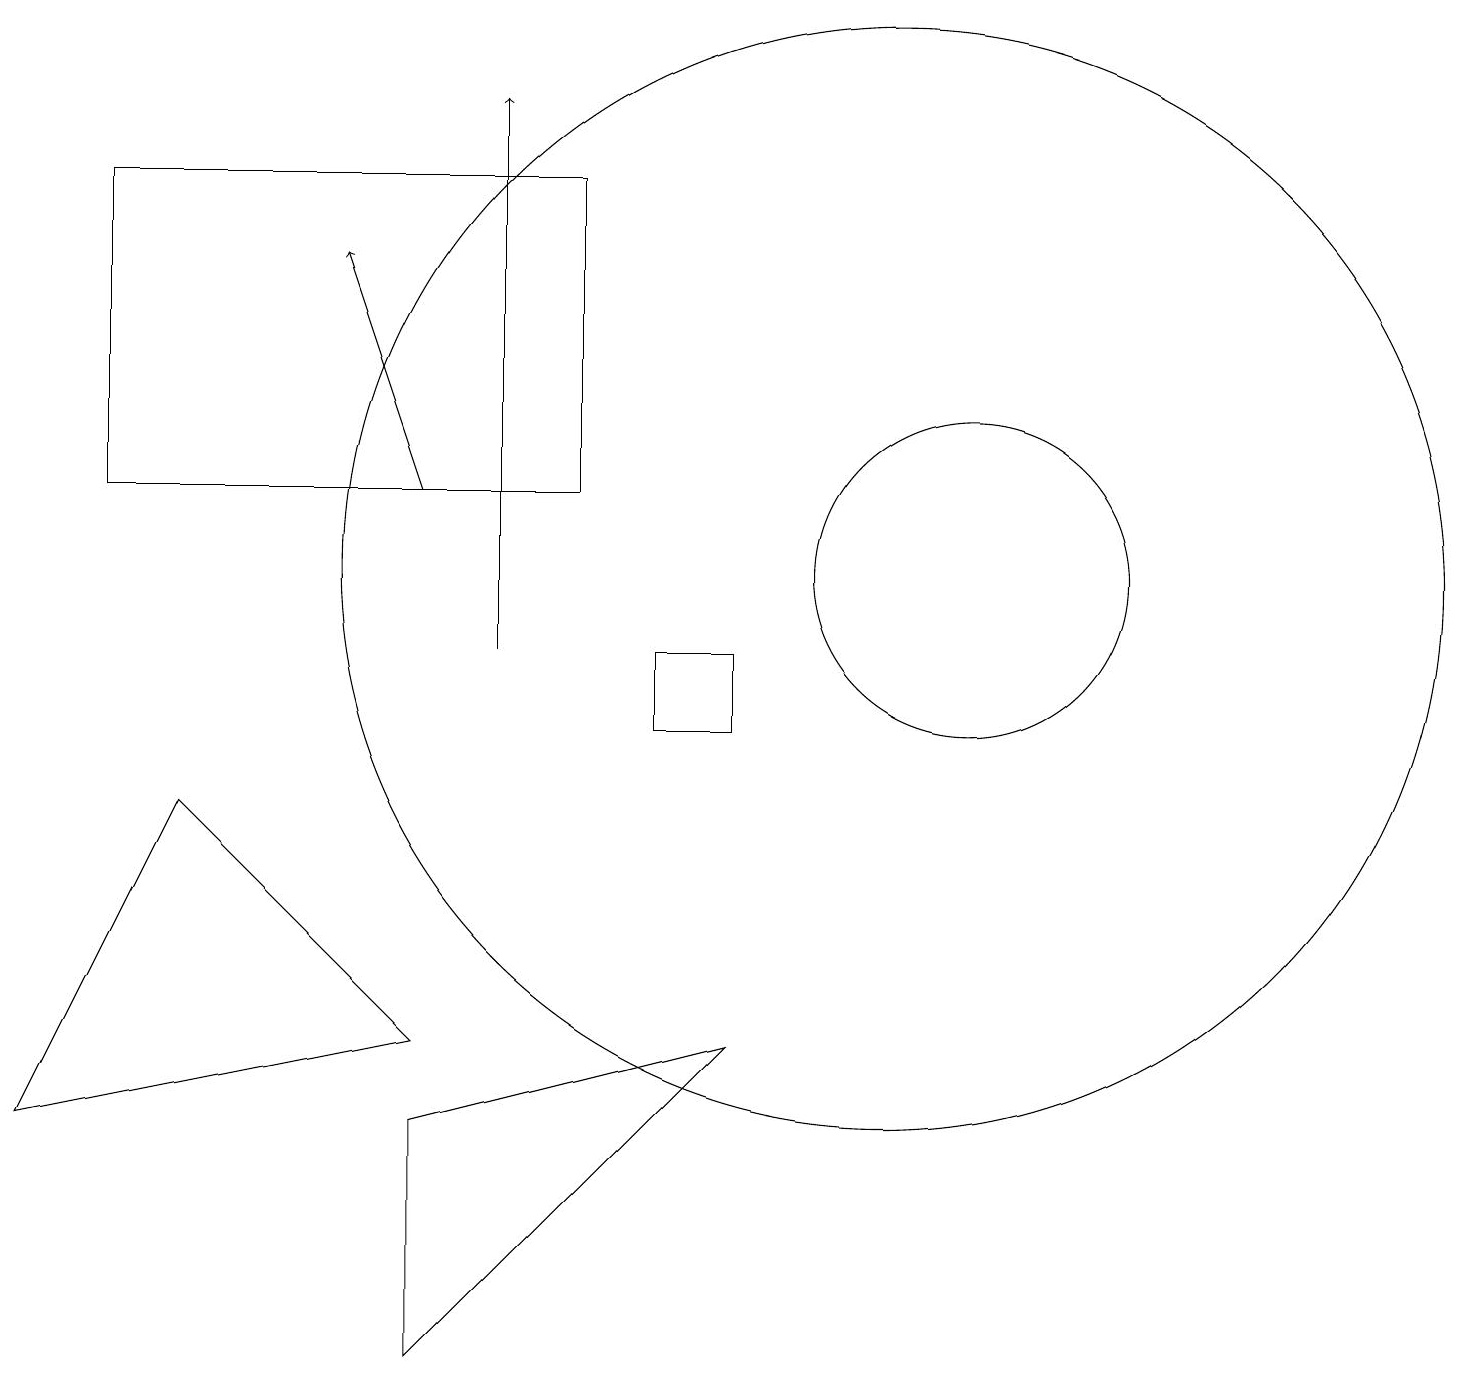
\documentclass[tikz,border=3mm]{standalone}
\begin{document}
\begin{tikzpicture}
\draw (5,6) -- (2,9) -- (0,5) -- cycle;
\draw (12,12) circle (2);
\draw (11,12) circle (7);
\draw (8,11) rectangle (9,10);
\draw (5,5) -- (5,2) -- (9,6) -- cycle;
\draw (7,13) rectangle (1,17);
\draw[->] (6,11) -- (6,18);
\draw[->] (5,13) -- (4,16);
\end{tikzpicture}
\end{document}